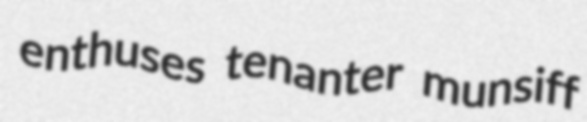
enthuses tenanter munsiff